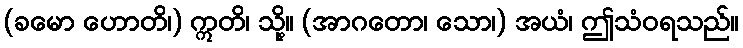
(ခမော ဟောတိ၊) ဣတိ၊ သို့။ (အာဂတော၊ သော၊) အယံ၊ ဤသံဝရသည်။